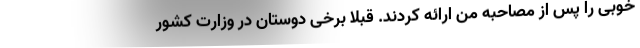
خوبی را پس از مصاحبه من ارائه کردند. قبلاً برخی دوستان در وزارت کشور